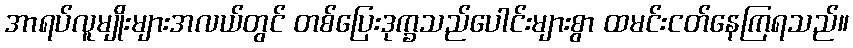
အာရပ်လူမျိုးများအလယ်တွင် တစ်ပြေးဒုက္ခသည်ပေါင်းများစွာ ထမင်းငတ်နေကြရသည်။